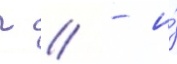
г // - и́